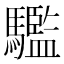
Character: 𩦹